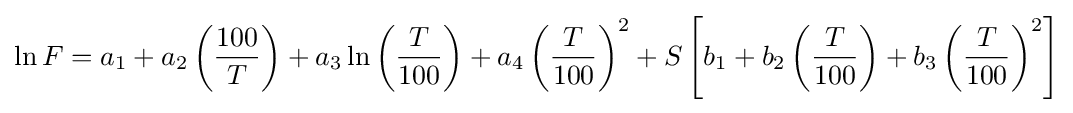
\ln F=a_{1}+a_{2}\left({\frac {100}{T}}\right)+a_{3}\ln \left({\frac {T}{100}}\right)+a_{4}\left({\frac {T}{100}}\right)^{2}+S\left[b_{1}+b_{2}\left({\frac {T}{100}}\right)+b_{3}\left({\frac {T}{100}}\right)^{2}\right]